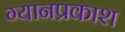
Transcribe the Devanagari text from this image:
ग्यानप्रकाश